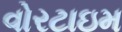
વોરટાઇમ